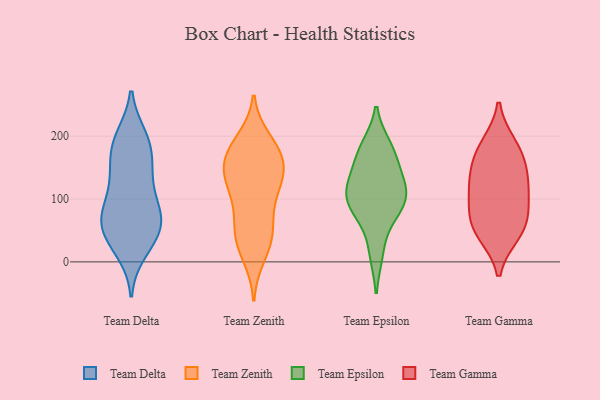
{"axis": {"x": "Churn Rate (%)", "y": "Value"}, "legend": ["Team Delta", "Team Epsilon", "Team Gamma", "Team Zenith"], "data": [{"x": "", "y": 18, "type": "Team Delta"}, {"x": "", "y": 188, "type": "Team Delta"}, {"x": "", "y": 70, "type": "Team Delta"}, {"x": "", "y": 65, "type": "Team Delta"}, {"x": "", "y": 109, "type": "Team Delta"}, {"x": "", "y": 32, "type": "Team Delta"}, {"x": "", "y": 149, "type": "Team Delta"}, {"x": "", "y": 43, "type": "Team Delta"}, {"x": "", "y": 78, "type": "Team Delta"}, {"x": "", "y": 68, "type": "Team Delta"}, {"x": "", "y": 76, "type": "Team Delta"}, {"x": "", "y": 148, "type": "Team Delta"}, {"x": "", "y": 123, "type": "Team Delta"}, {"x": "", "y": 196, "type": "Team Delta"}, {"x": "", "y": 198, "type": "Team Delta"}, {"x": "", "y": 175, "type": "Team Delta"}, {"x": "", "y": 44, "type": "Team Delta"}, {"x": "", "y": 27, "type": "Team Zenith"}, {"x": "", "y": 42, "type": "Team Zenith"}, {"x": "", "y": 149, "type": "Team Zenith"}, {"x": "", "y": 125, "type": "Team Zenith"}, {"x": "", "y": 81, "type": "Team Zenith"}, {"x": "", "y": 127, "type": "Team Zenith"}, {"x": "", "y": 140, "type": "Team Zenith"}, {"x": "", "y": 193, "type": "Team Zenith"}, {"x": "", "y": 105, "type": "Team Zenith"}, {"x": "", "y": 58, "type": "Team Zenith"}, {"x": "", "y": 179, "type": "Team Zenith"}, {"x": "", "y": 10, "type": "Team Zenith"}, {"x": "", "y": 168, "type": "Team Zenith"}, {"x": "", "y": 43, "type": "Team Zenith"}, {"x": "", "y": 181, "type": "Team Zenith"}, {"x": "", "y": 136, "type": "Team Zenith"}, {"x": "", "y": 168, "type": "Team Zenith"}, {"x": "", "y": 90, "type": "Team Epsilon"}, {"x": "", "y": 122, "type": "Team Epsilon"}, {"x": "", "y": 183, "type": "Team Epsilon"}, {"x": "", "y": 14, "type": "Team Epsilon"}, {"x": "", "y": 94, "type": "Team Epsilon"}, {"x": "", "y": 71, "type": "Team Epsilon"}, {"x": "", "y": 107, "type": "Team Epsilon"}, {"x": "", "y": 123, "type": "Team Epsilon"}, {"x": "", "y": 177, "type": "Team Epsilon"}, {"x": "", "y": 154, "type": "Team Epsilon"}, {"x": "", "y": 55, "type": "Team Gamma"}, {"x": "", "y": 177, "type": "Team Gamma"}, {"x": "", "y": 46, "type": "Team Gamma"}, {"x": "", "y": 185, "type": "Team Gamma"}, {"x": "", "y": 83, "type": "Team Gamma"}, {"x": "", "y": 56, "type": "Team Gamma"}, {"x": "", "y": 134, "type": "Team Gamma"}, {"x": "", "y": 155, "type": "Team Gamma"}, {"x": "", "y": 115, "type": "Team Gamma"}, {"x": "", "y": 110, "type": "Team Gamma"}]}